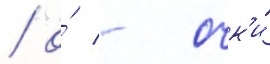
/ о́ - очк'и́